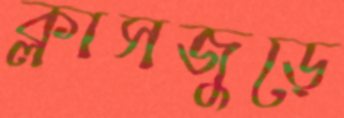
ক্লাসজুড়ে